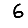
Digit: 6